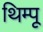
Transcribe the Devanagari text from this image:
थिम्पू